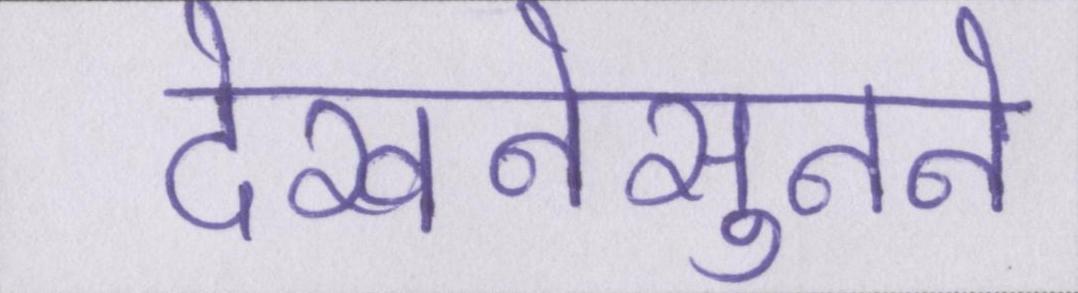
देखनेसुनने